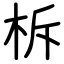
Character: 柝